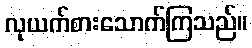
လုယက်စားသောက်ကြသည်။